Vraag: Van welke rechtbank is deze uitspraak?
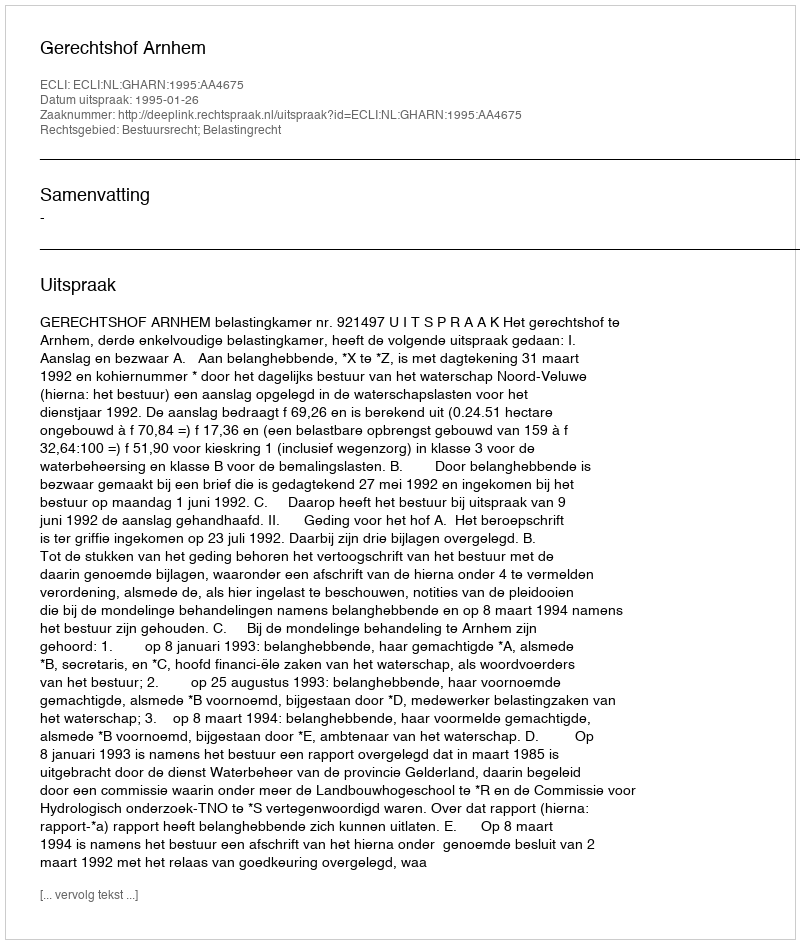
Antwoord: Gerechtshof Arnhem